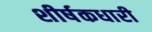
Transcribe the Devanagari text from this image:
शीर्षकधारी